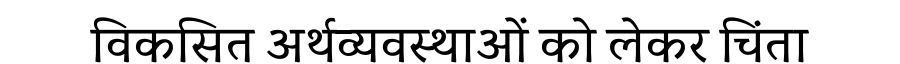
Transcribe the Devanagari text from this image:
विकसित अर्थव्यवस्थाओं को लेकर चिंता